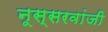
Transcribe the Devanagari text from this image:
नूस्सरवांजी